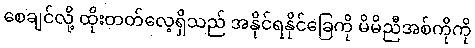
စေချင်လို့ ထိုးတတ်လေ့ရှိသည် အနိုင်ရနိုင်ခြေကို မိမိညီအစ်ကိုကို